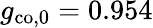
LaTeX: g_{\mathrm{co,0}}=0.954